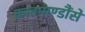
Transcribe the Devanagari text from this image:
काठमाण्डौंसे